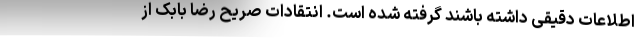
اطلاعات دقیقی داشته باشند گرفته شده است. انتقادات صریح رضا بابک از